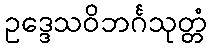
ဥဒ္ဒေသဝိဘင်္ဂသုတ္တံ